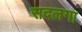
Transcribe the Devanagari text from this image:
सदलगा